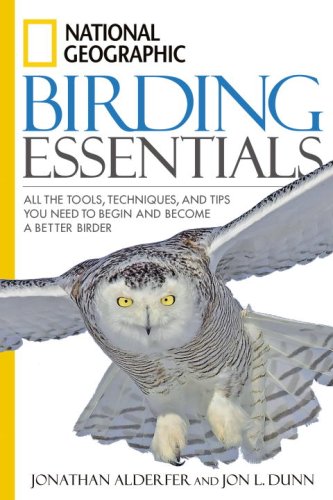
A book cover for National Geographic Birding Essentials; Jonathan Alderfer; Science & Math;